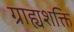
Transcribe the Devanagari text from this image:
ग्राह्यशक्ति